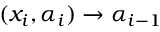
( x _ { i } , \alpha _ { i } ) \rightarrow \alpha _ { i - 1 }